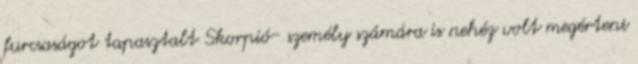
furcsaságot tapasztalt Skorpió- személy számára is nehéz volt megérteni